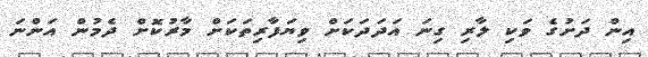
އިން ދަށުގެ ވަކި ލާރި ގިނަ އަދަދަކަށް ވިޔަފާރިތަކަށް މާރުކޮށް ދެމުން އަންނަ